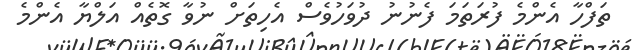
ތަފްހާ އެންމެ ފުރަތަމަ ފެނުނުުު ދުވަހުވެސް އެހިތަށް ނުވާ ގޮތެއް އަލްޔާ އެންމެ